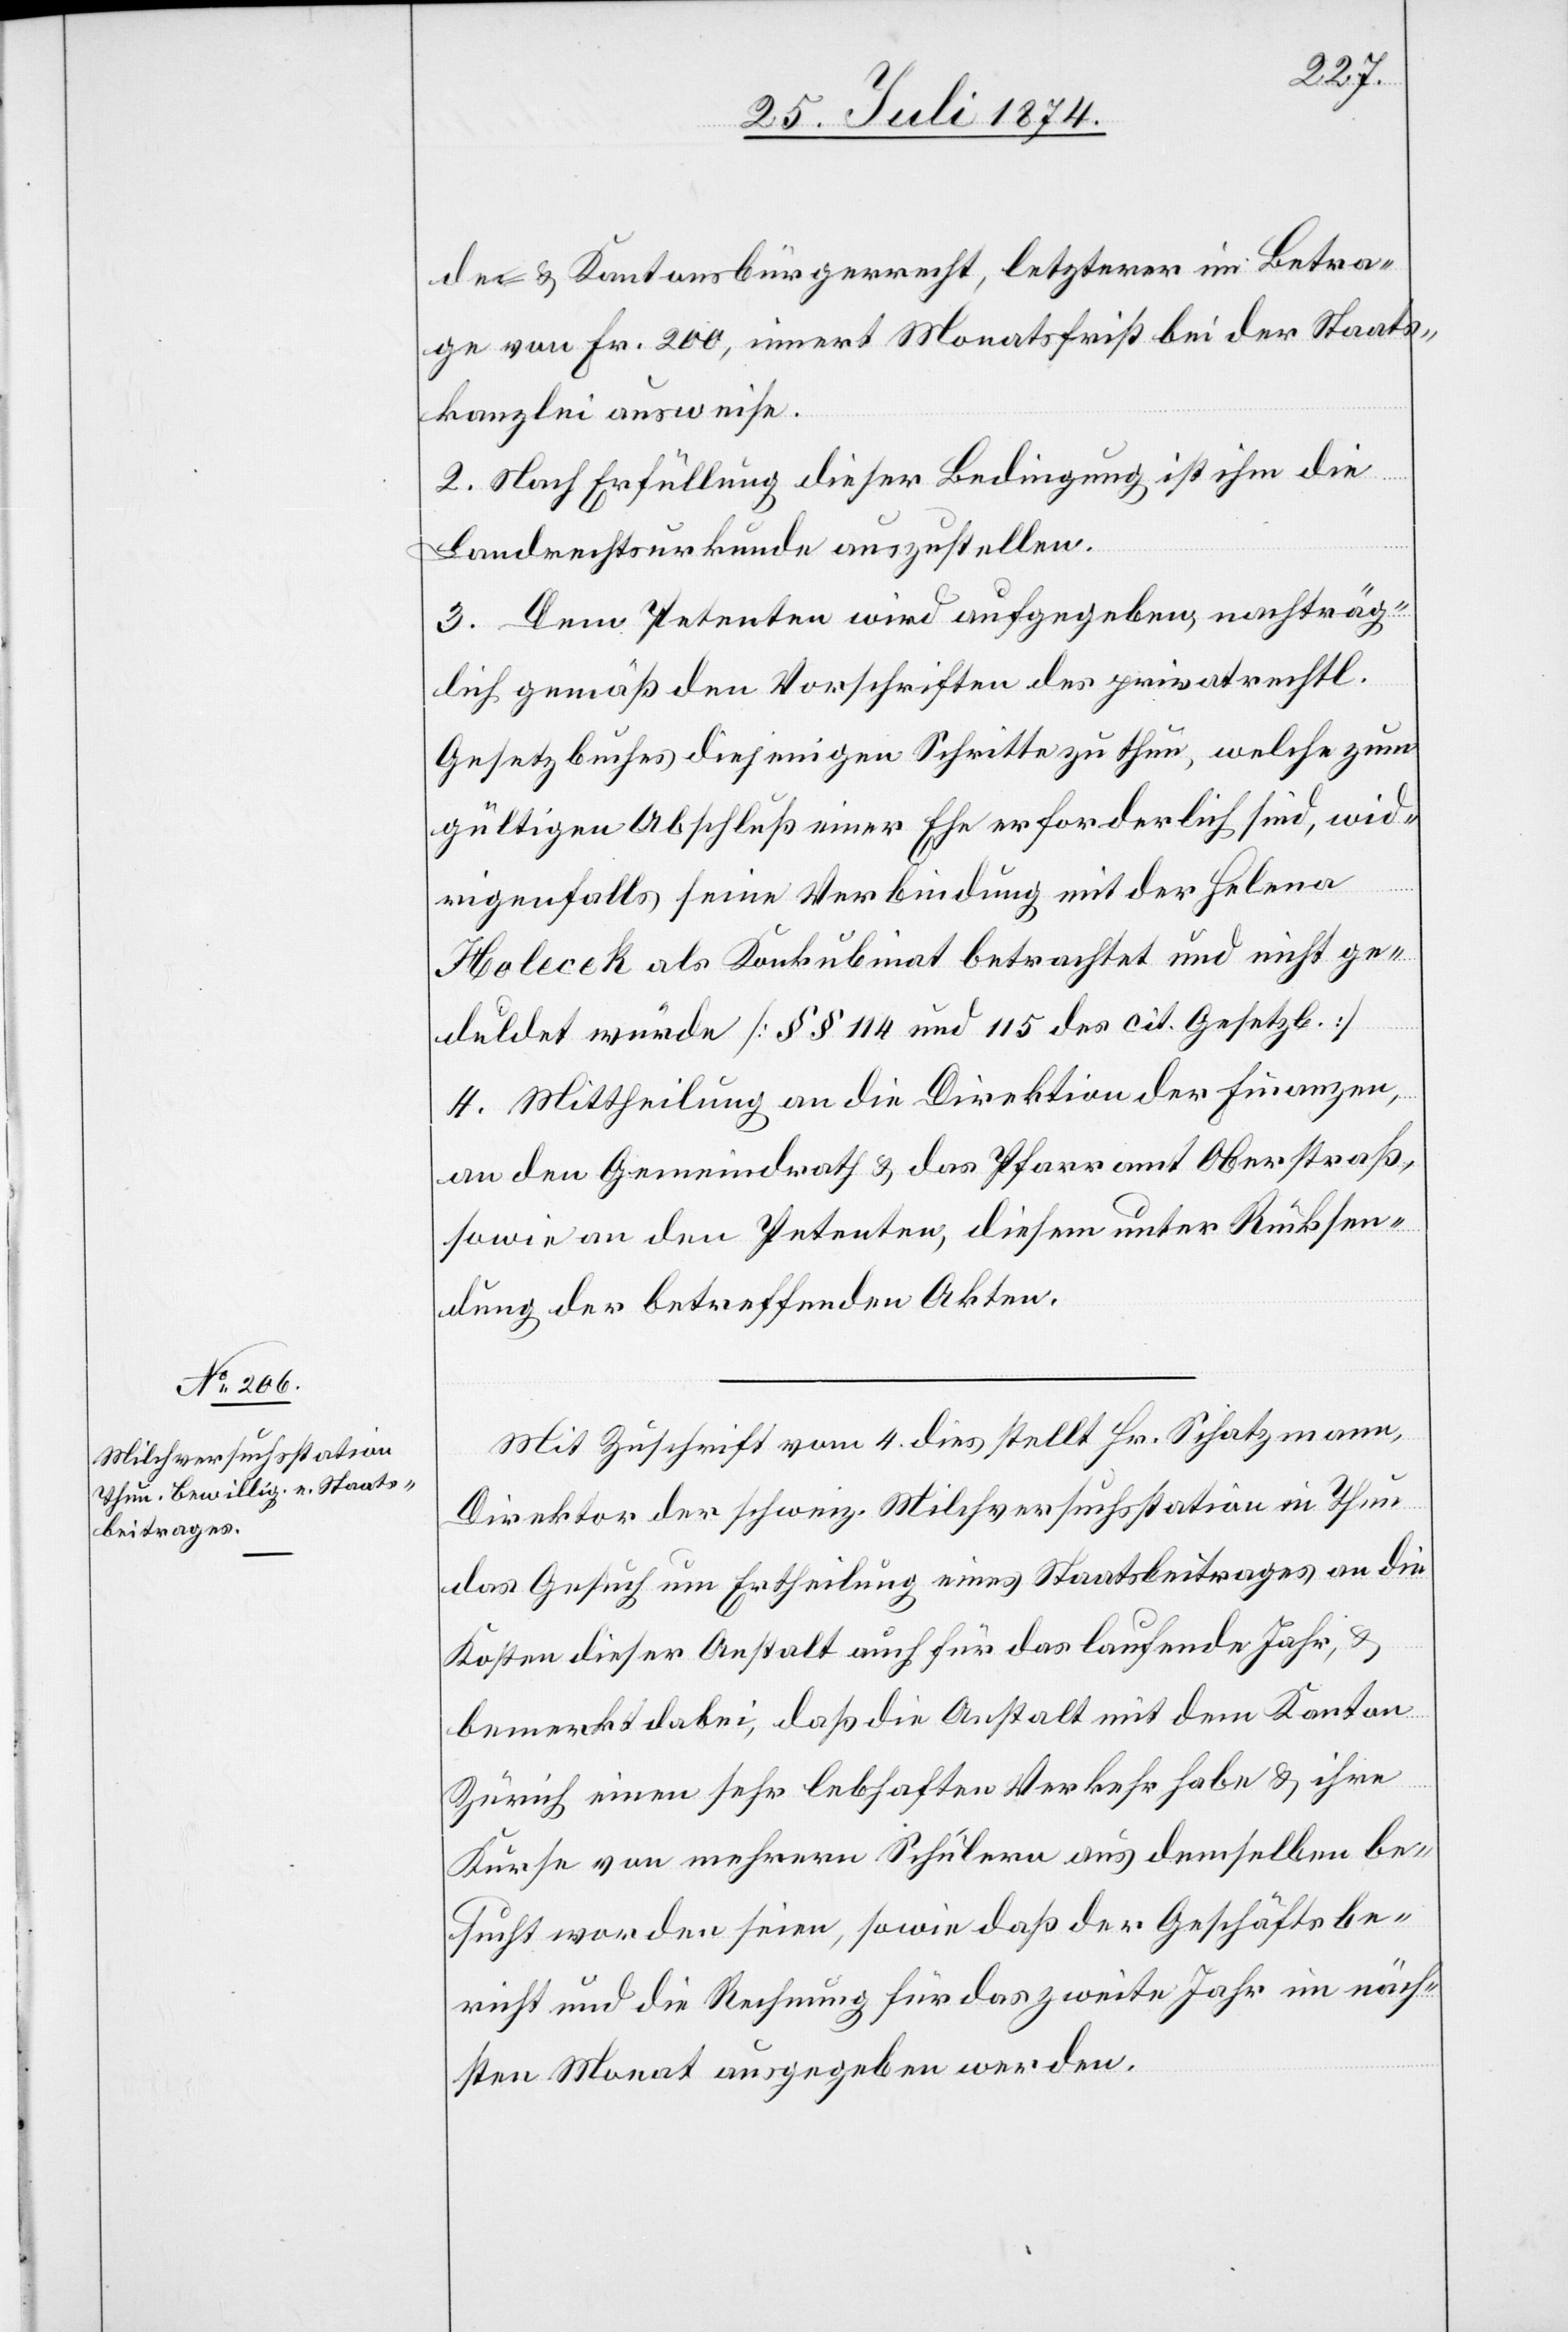
de [-] u. Kantonsbürgerrecht, letzterer im Betra¬
ge von Fr. 200, innert Monatsfrist bei der Staats¬
kanzlei ausweise.
2. Nach Erfüllung dieser Bedingung ist ihm die
Landrechtsurkunde auszustellen.
3. Dem Petenten wird aufgegeben, nachträg¬
lich gemäß den Vorschriften des privatrechtl.
Gesetzbuches diejenigen Schritte zu thun, welche zum
gültigen Abschluß einer Ehe erforderlich sind, wid¬
rigenfalls seine Verbindung mit der Helena
Holecek als Konkubinat betrachtet und nicht ge¬
duldet würde [§§ 114 und 115 des cit. Gesetzb.]
4. Mittheilung an die Direktion der Finanzen,
an den Gemeindrath u. das Pfarramt Oberstraß,
sowie an den Petenten, diesem unter Rücksen¬
dung der betreffenden Akten.
Mit Zuschrift vom 4. dies stellt Hr. Schatzmann,
Direktor der schweiz. Milchversuchsstation in Thun
das Gesuch um Ertheilung eines Staatsbeitrages an die
Kosten dieser Anstalt auch für das laufende Jahr, u.
bemerkt dabei, daß die Anstalt mit dem Kanton
Zürich einen sehr lebhaften Verkehr habe u. ihre
Kurse von mehrern Schülern aus demselben be¬
sucht worden seien, sowie daß der Geschäftsbe¬
richt und die Rechnung für das zweite Jahr im näch¬
sten Monat ausgegeben werden.